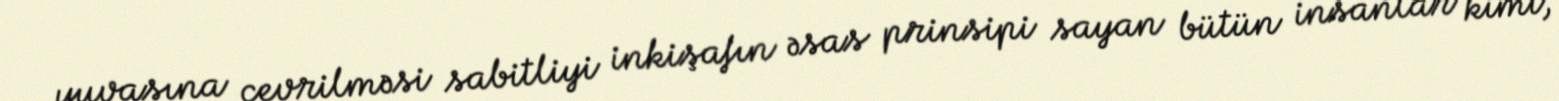
yuvasına çevrilməsi sabitliyi inkişafın əsas prinsipi sayan bütün insanlar kimi,